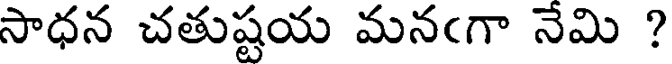
సాధన చతుష్టయ మనఁగా నేమి ?